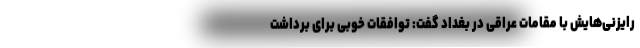
رایزنی‌هایش با مقامات عراقی در بغداد گفت: توافقات خوبی برای برداشت